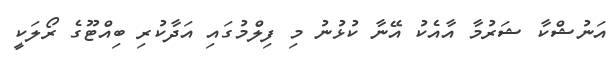
އަނުޝްކާ ޝަރުމާ އާއެކު އޭނާ ކުޅުނު މި ފިލްމުގައި އަދާކުރި ބިއްޓޫގެ ރޯލަކީ